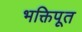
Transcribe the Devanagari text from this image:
भक्तिपूत